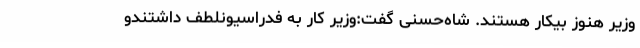
وزیر هنوز بیکار هستند. شاه‌حسنی گفت:وزیر کار به فدراسیونلطف داشتندو